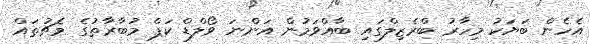
އެހެން ބަޔަކު މިހާރު ބްރެޒިލްގައި ބާއްވަމުން އަންނަ ވޯލްޑް ކަޕް މުބާރާތުގެ މެޗުތައް